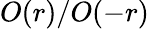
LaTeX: O(r)/O(-r)